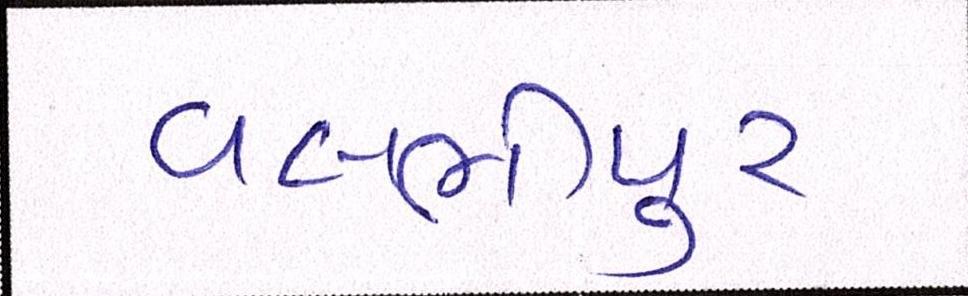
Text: વલભીપુર